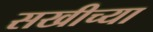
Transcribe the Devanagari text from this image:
सखीच्या